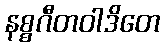
နစ္စဂီတဝါဒိတေ